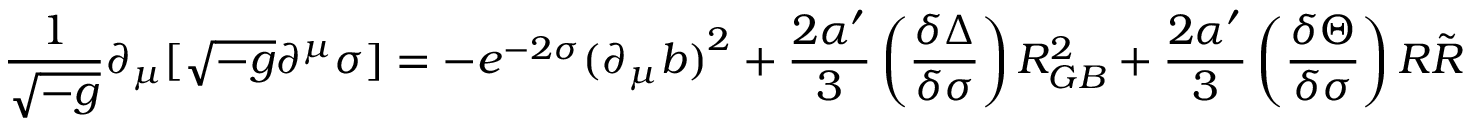
{ \frac { 1 } { \sqrt { - g } } } \partial _ { \mu } [ \sqrt { - g } \partial ^ { \mu } \sigma ] = - e ^ { - 2 \sigma } { ( { \partial } _ { \mu } b ) } ^ { 2 } + { \frac { 2 \alpha ^ { \prime } } { 3 } } \left( { \frac { \delta \Delta } { \delta \sigma } } \right) { \cal { R } } _ { G B } ^ { 2 } + { \frac { 2 \alpha ^ { \prime } } { 3 } } \left( { \frac { \delta \Theta } { \delta \sigma } } \right) { \cal { R } } { \tilde { \cal { R } } } \,